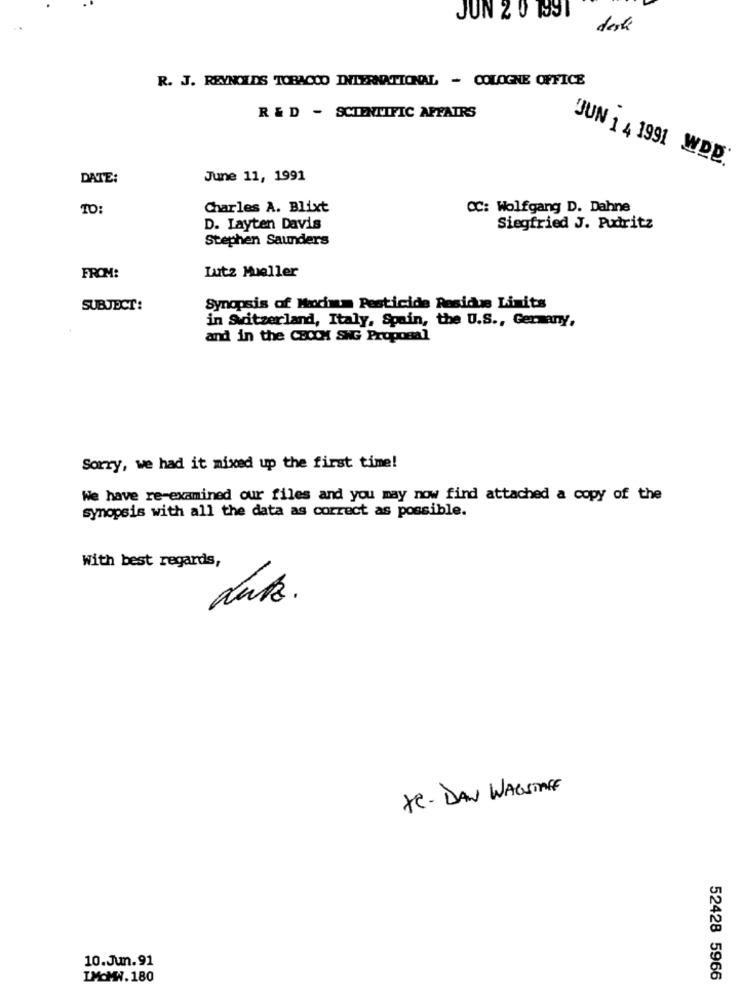
JUN 2 0 1991
desk
R. J. REYNOLDS TOBACCO INTERNATIONAL - COLOGNE OFFICE
R & D - SCIENTIFIC AFFAIRS
JUN 1 4 1991 WDB
DATE:
June 11, 1991
TO
Charles A. Blixt
CC: Wolfgang D. Dahne
D. Layten Davis
Siegfried J. Pudritz
Stephen Saunders
FROM:
Lutz Mueller
SUBJECT:
Synopsis of Maximum Pesticide Residue Limits
in Switzerland, Italy, Spain, the U.S ., Germany,
and in the CHCCM SING Proposal
Sorry, we had it mixed up the first time!
We have re-examined our files and you may now find attached a copy of the
synopsis with all the data as correct as possible.
With best regards,
duk.
te- DAN WAGSTAFF
10.Jun.91
IMOMW.180
52428 5966